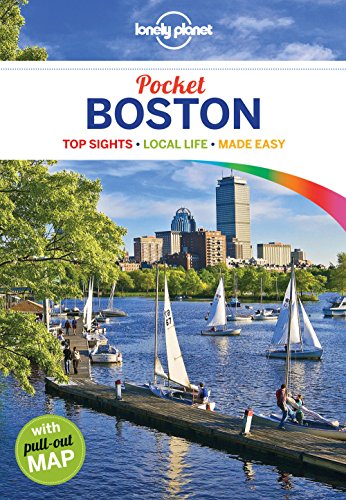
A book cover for Lonely Planet Pocket Boston (Travel Guide); Lonely Planet; Travel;